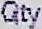
QTY